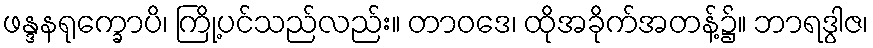
ဖန္ဒနရုက္ခောပိ၊ ကြို့ပင်သည်လည်း။ တာဝဒေ၊ ထိုအခိုက်အတန့်၌။ ဘာရဒွါဇ၊